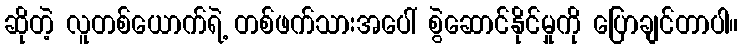
ဆိုတဲ့ လူတစ်ယောက်ရဲ့ တစ်ဖက်သားအပေါ် စွဲဆောင်နိုင်မှုကို ပြောချင်တာပါ။